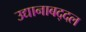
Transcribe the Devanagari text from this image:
उद्यानाबद्दल